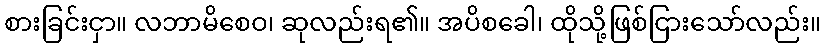
စားခြင်းငှာ။ လဘာမိစေဝ၊ ဆုလည်းရ၏။ အပိစခေါ၊ ထိုသို့ဖြစ်ငြားသော်လည်း။